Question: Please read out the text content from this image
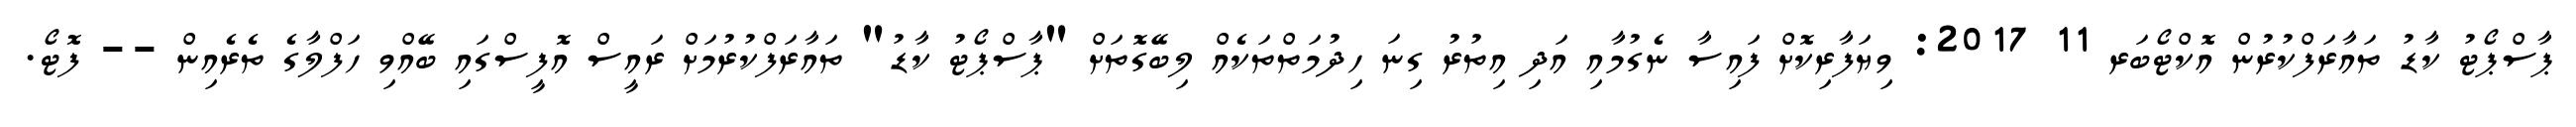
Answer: ޕާސްޕޯޓު ކާޑު ތައާރަފްކުރުން އޮކްޓޯބަރ 11 2017: ވިޔަފާރިކޮށް ފައިސާ ނެގުމާއި އަދި އިތުރު ގިނަ ހިދުމަތްތަކެއް ލިބޭގޮތަށް "ޕާސްޕޯޓު ކާޑު" ތައާރަފްކުރުމަށް ރައީސް އޮފީސްގައި ބޭއްވި ހަފްލާގެ ތެރެއިން -- ފޮޓޯ.